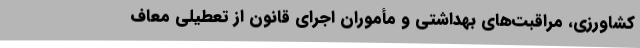
کشاورزی، مراقبت‌های بهداشتی و مأموران اجرای قانون از تعطیلی معاف